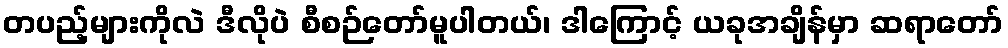
တပည့်များကိုလဲ ဒီလိုပဲ စီစဉ်တော်မူပါတယ်၊ ဒါကြောင့် ယခုအချိန်မှာ ဆရာတော်